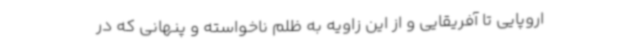
اروپایی تا آفریقایی و از این زاویه به ظلم ناخواسته و پنهانی که در